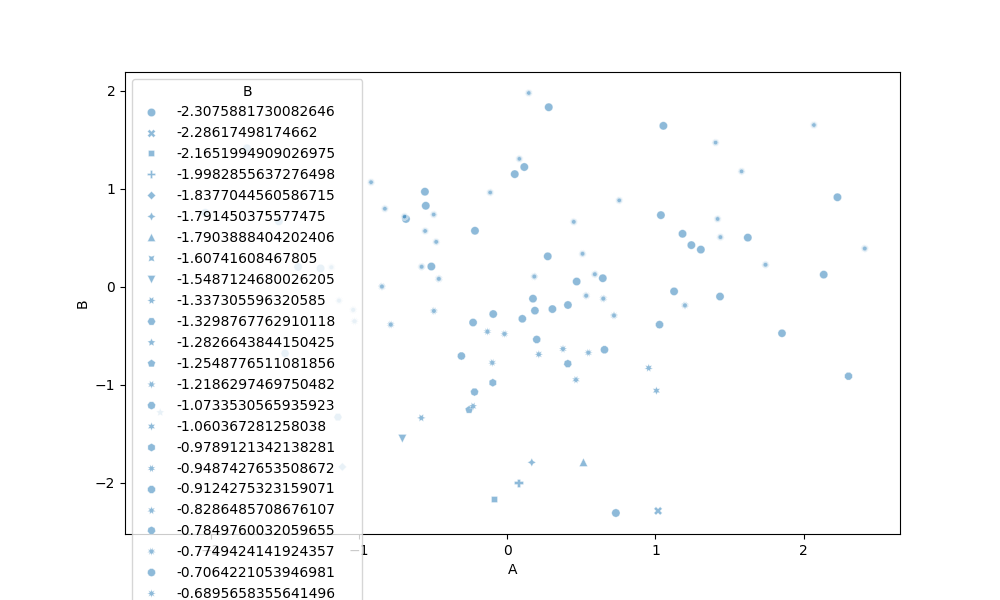
python, seaborn, scatterplot, hue='None', style='B', size='None', palette='deep', alpha=0.5